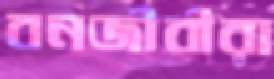
বনজীবীরা